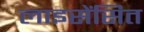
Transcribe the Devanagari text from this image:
लाइसेंसित